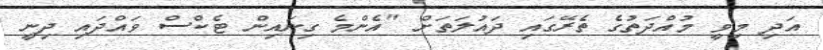
އަދި މިވީ މުއްދަތުގެ ތެރޭގައި ދައުލަތަށް "އެންމެ ގިނައިން ޓެކްސް ވައްދައި ދިނީ